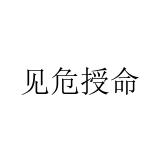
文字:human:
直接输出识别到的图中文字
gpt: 见危授命